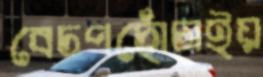
বেঢপছোঁচাইয়